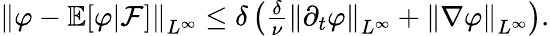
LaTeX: \begin{array}{r}{\left\lVert\varphi-\mathbb E[\varphi|\mathcal F]\right\rVert_{L^{\infty}}\le\delta\left(\frac\delta\nu\left\lVert\partial_{t}\varphi\right\rVert_{L^{\infty}}+\left\lVert\nabla\varphi\right\rVert_{L^{\infty}}\right).}\end{array}